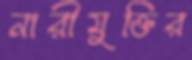
নারীমুক্তির